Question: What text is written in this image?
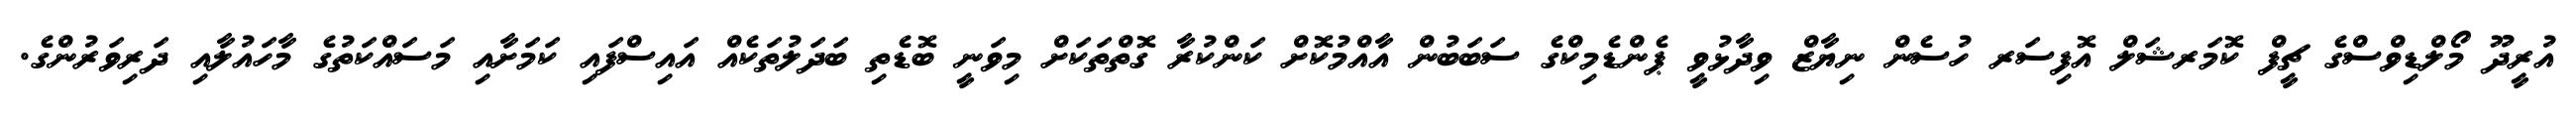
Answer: އުރީދޫ މޯލްޑިވްސްގެ ޗީފް ކޮމަރޝަލް އޮފިސަރ ހުސެން ނިޔާޒް ވިދާޅުވީ ޕެންޑެމިކްގެ ސަބަބުން އާއްމުކޮށް ކަންކުރާ ގޮތްތަކަށް މިވަނީ ބޮޑެތި ބަދަލުތަކެއް އައިސްފައި ކަމަށާއި މަސައްކަތުގެ މާހައުލާއި ދަރިވަރުންގެ.